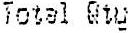
TOTAL QTY